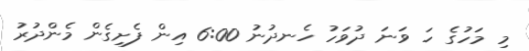
މި މަހުގެ ހަ ވަނަ ދުވަހު ހެނދުނު 6:00 އިން ފެށިގެން މެންދުރު